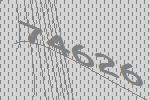
74626